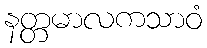
နတ္တမာလကသာဝံ